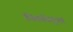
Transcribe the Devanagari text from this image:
निलोट्स